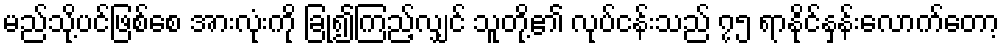
မည်သို့ပင်ဖြစ်စေ အားလုံးကို ခြုံ၍ကြည့်လျှင် သူတို့၏ လုပ်ငန်းသည် ၇၅ ရာနိုင်နှန်းလောက်တော့